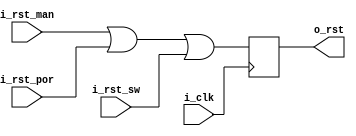
/*********************************************************************
Victor Vasquez
description: one global reset out of manual reset, power on reset and
             software reset
**********************************************************************/

module reset_block (
    input   i_clk,
    input   i_rst_man,
    input   i_rst_por,
    input   i_rst_sw,
    output reg o_rst
);

always @ (posedge i_clk) begin
    o_rst   <= i_rst_man | i_rst_por | i_rst_sw;
end

endmodule